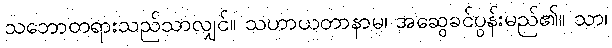
သဘောတရားသည်သာလျှင်။ သဟာယတာနာမ၊ အဆွေခင်ပွန်းမည်၏။ သာ၊